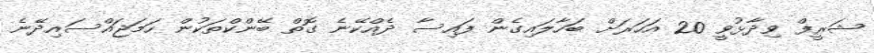
ޝަރީފް ވިދާޅުވީ 20 އަހަރަށް ބަހާލައިގެން ފައިސާ ދެއްކޭނެ ގޮތް ބޭންކްތަކުން ހަމަޖައްސައިދޭނެ